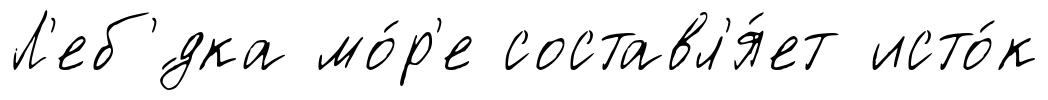
Л'еб'́дка мо́р'е составл'я́ет исто́к